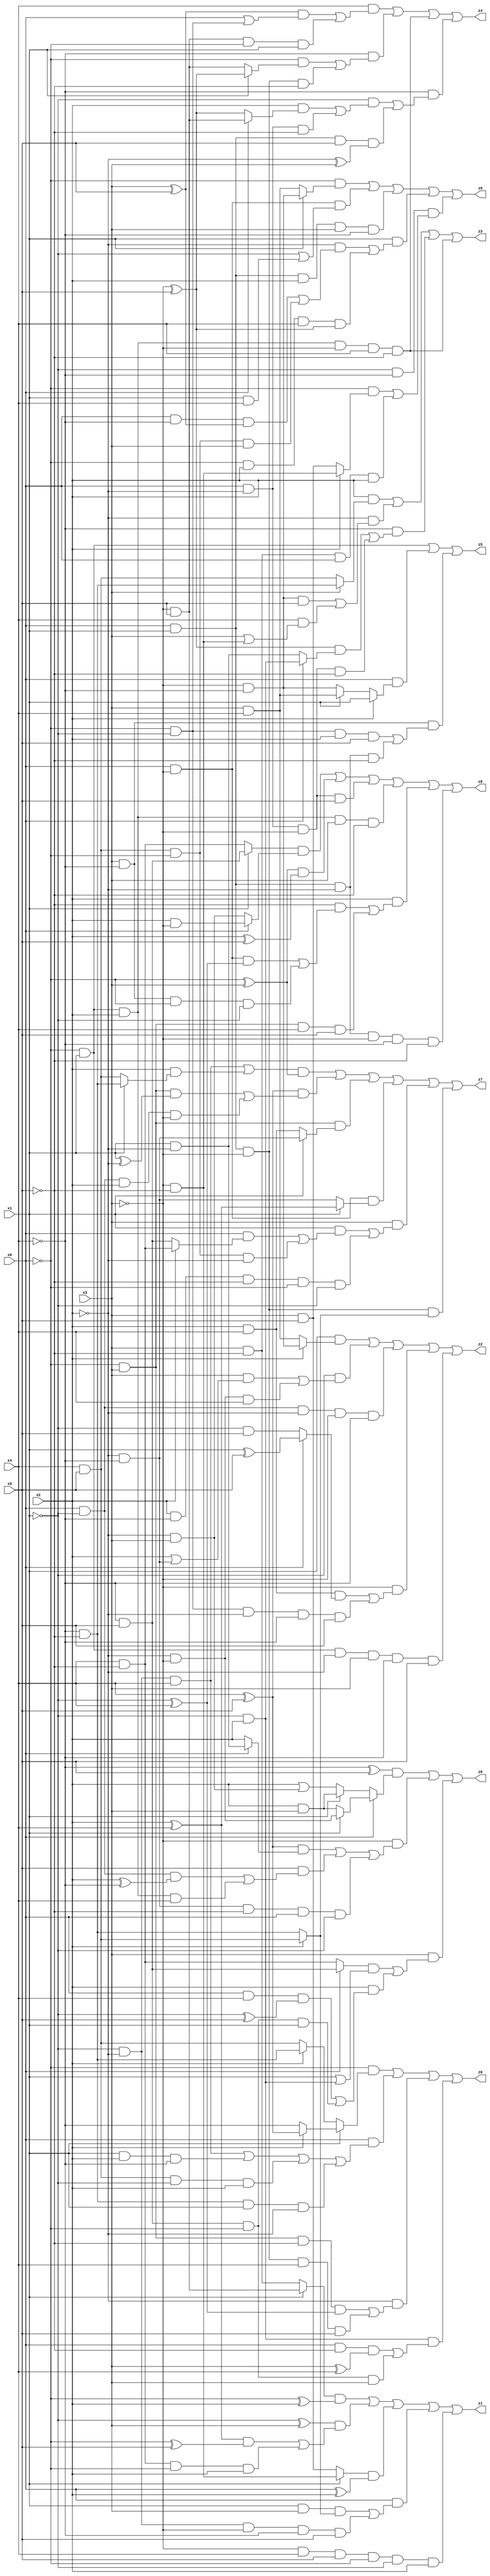
// Benchmark "X_25" written by ABC on Mon Jun 05 18:10:07 2023

module X_25 ( 
    x0, x1, x2, x3, x4, x5,
    z0, z1, z2, z3, z4, z5, z6, z7, z8, z9  );
  input  x0, x1, x2, x3, x4, x5;
  output z0, z1, z2, z3, z4, z5, z6, z7, z8, z9;
  assign z0 = (~x0 & (x1 ? (x2 ? (x4 ^ x5) : ~x4) : (x2 ? (~x4 & ~x5) : (x4 & x5)))) | (x0 & ((~x1 & ~x2 & x4) | (x1 & x2 & ~x4) | (x4 & x5 & ~x1 & x2) | (~x4 & ~x5 & x1 & ~x2))) | (~x2 & ((~x0 & x3 & ~x5 & (~x1 ^ x4)) | (x0 & x1 & ~x3 & x4 & x5))) | (~x1 & x2 & ((x0 & ~x5 & (x3 ^ x4)) | (~x4 & x5 & ~x0 & x3)));
  assign z1 = ((x1 ? (~x3 & x5) : (x3 & ~x5)) & (~x0 ^ x2)) | ((~x1 ^ x3) & (((x2 ^ x4) & (~x0 ^ x5)) | (x4 & ~x5 & ~x0 & x2))) | ((x1 ? (~x3 & ~x5) : (x3 & x5)) & (x0 ^ x2)) | (x0 & ((x1 & x3 & (x2 ? (x4 & x5) : (~x4 & ~x5))) | (~x1 & ~x2 & ~x3 & ~x4 & x5))) | (~x3 & x4 & x5 & ~x0 & ~x1 & x2);
  assign z2 = (x1 & (x2 ? (~x3 & ~x4) : (x3 & x4))) | (~x1 & ((x3 & (x2 | (~x2 & ~x4))) | (~x2 & ~x3 & x4))) | (x0 & ~x1 & ~x2 & ~x3 & ~x4) | (~x3 & ((x2 & x4 & (x0 ? (x1 ^ x5) : (~x1 & x5))) | (~x0 & ~x1 & ~x2 & ~x4 & x5))) | (~x0 & x1 & ~x2 & x3 & ~x4 & x5);
  assign z3 = (x2 & (x3 ? (~x4 & ~x5) : (x4 & x5))) | (~x2 & ((~x3 & ~x4 & x5) | (x4 & (x3 | (~x3 & ~x5))))) | (~x4 & (((~x3 ^ x5) & (x0 ? (~x1 & x2) : (x1 & ~x2))) | (x0 & ~x2 & ~x3 & ~x5))) | (~x0 & x1 & x2 & ~x3 & x4 & ~x5);
  assign z4 = (x4 & (((x3 ^ x5) & (x0 | (~x0 & ~x1))) | (~x3 & x5 & ~x0 & x1))) | (~x4 & ((~x0 & (x1 ? (~x3 ^ x5) : (~x3 & x5))) | (x0 & x1 & ~x3 & ~x5))) | (~x0 & x1 & x2 & ~x3 & x4 & ~x5) | (~x4 & ((~x1 & ((x2 & (x0 ? (~x3 & x5) : (~x3 ^ x5))) | (x0 & ~x2 & ~x5))) | (x0 & x1 & x5 & (~x2 ^ x3))));
  assign z5 = (~x0 & x1) | (x0 & (x2 ? x1 : (x1 ? (x3 & x4) : (~x3 & ~x4)))) | (x3 & ~x4 & ((~x0 & ~x1 & x2 & x5) | (x0 & x1 & ~x2 & ~x5)));
  assign z6 = ((~x4 ^ x5) & (x0 ? (x1 ? (~x2 & ~x3) : (x2 & x3)) : (x1 ? (x2 & x3) : (x2 | (~x2 & x3))))) | (~x3 & (((x4 ^ x5) & (x0 ? (x1 & ~x2) : x2)) | (x5 & ((x0 & ~x1 & (x2 ^ ~x4)) | (~x0 & x1 & x2 & x4))) | (~x2 & ~x4 & ~x5 & x0 & ~x1))) | (x3 & (((x0 ? (~x4 & x5) : (x4 & ~x5)) & (x1 | (~x1 & x2))) | (x2 & ((x0 & x4 & (~x1 ^ x5)) | (~x4 & x5 & ~x0 & x1)))));
  assign z7 = (((~x1 & ~x2 & x4) | (x2 & (x1 ? (~x4 & ~x5) : (x4 & x5)))) & (~x0 ^ x3)) | ((x4 ^ x5) & ((~x0 & x3 & (x1 ^ ~x2)) | (x0 & ~x1 & x2 & ~x3))) | (~x0 & x3 & (x1 ? (~x2 & ~x4) : (x2 & x4))) | (x0 & ~x3 & (x1 ? (x2 ^ x4) : (~x2 & ~x4))) | (x3 & ((x1 & ((x0 & (x2 ? (x4 & ~x5) : (~x4 & x5))) | (x4 & x5 & ~x0 & ~x2))) | (x2 & ~x4 & ~x5 & ~x0 & ~x1))) | (x0 & x1 & ~x3 & (x2 ? (x4 & x5) : (~x4 & ~x5)));
  assign z8 = ((x1 ? (~x4 & x5) : (x4 & ~x5)) & (x0 ? (x2 & ~x3) : (~x2 & x3))) | ((~x0 ^ x3) & (x2 ^ x5)) | (x0 & ~x2 & ~x3 & x5) | (~x0 & x1 & x2 & x3 & ~x5) | (x2 & ((~x5 & ((x0 & ~x3 & (~x1 ^ x4)) | (x3 & ~x4 & ~x0 & ~x1))) | (~x0 & x3 & x4 & x5))) | (x0 & x1 & ~x2 & ~x3 & ~x4 & ~x5);
  assign z9 = (~x0 & (x1 ? (~x3 & ~x4) : (x3 & x4))) | (x0 & ~x3 & (~x1 | (x1 & x4))) | (x0 & x1 & x2 & x3 & ~x4) | (x1 & ((~x2 & ((x0 & ~x4 & (x3 ^ x5)) | (x4 & x5 & ~x0 & x3))) | (~x0 & x2 & x4 & (~x3 ^ x5)))) | (~x1 & ~x4 & ((~x0 & (x2 ? (~x3 & ~x5) : (x3 & x5))) | (x3 & ~x5 & x0 & x2)));
endmodule